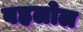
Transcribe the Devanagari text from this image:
वहलोल